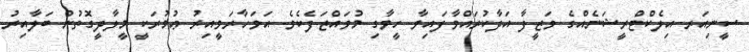
ސީނިއަރ އިލެކްޓްރީޝަނެއްގެ ވަޒީފާ އަދާކުރައްވާފައިވާ ހީވާގި މުވައްޒަފެކެވެ. އަވަހާރަވީއިރު ޢުމުރަކީ މީލާދީގޮތުން ބަލާއިރު